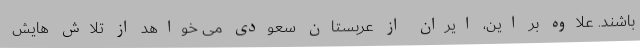
باشند. علاوه بر این، ایران از عربستان سعودی می خواهد از تلاش هایش